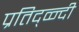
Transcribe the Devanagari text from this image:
प्रतिद्व्न्दी